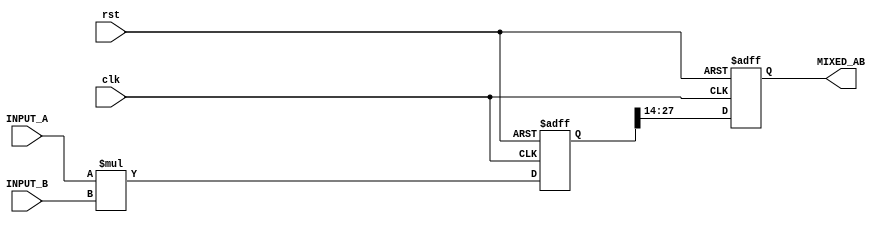
`timescale 1ns / 1ps
//////////////////////////////////////////////////////////////////////////////////
// Company: 
// Engineer: 
// 
// Design Name: 
// Module Name: MIXER_v3
// Project Name: 
// Target Devices: 
// Tool Versions: 
// Description: 
// 
// Dependencies: 
// 
// Revision:
// Revision 0.01 - File Created
// Additional Comments:
// 
//////////////////////////////////////////////////////////////////////////////////


module MIXER_V4#
(parameter OUTPUT_WIDTH = 14,
parameter INPUT_WIDTH = 14
)
(input clk, 
input rst,
input signed [INPUT_WIDTH-1:0] INPUT_A,
input signed [INPUT_WIDTH-1:0] INPUT_B,
output signed [OUTPUT_WIDTH-1:0] MIXED_AB);

localparam TRUNCATION_UP = OUTPUT_WIDTH - 2*INPUT_WIDTH; //Can scale up or down
localparam TRUNCATION_DOWN = 2*INPUT_WIDTH - OUTPUT_WIDTH;

reg signed [2*INPUT_WIDTH-1:0] MIXED_REG;
reg signed [OUTPUT_WIDTH-1:0] TRUNCATED_REG;

assign MIXED_AB = TRUNCATED_REG;

always @ (posedge clk or posedge rst) begin 
        if(rst) begin
            MIXED_REG <= 0;
            TRUNCATED_REG <= 0;
        end
        else begin
            MIXED_REG <= INPUT_A * INPUT_B; 
            if(TRUNCATION_UP > 0) TRUNCATED_REG <= MIXED_REG <<< TRUNCATION_UP;
            else if (TRUNCATION_DOWN > 0) TRUNCATED_REG <= MIXED_REG >>> TRUNCATION_DOWN;
            else TRUNCATED_REG <= MIXED_REG;
        end
    end 
endmodule